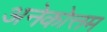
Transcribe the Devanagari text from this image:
अनेकोत्तम